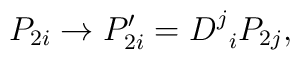
P_{2i}\rightarrow P_{2i}^{\prime }=D_{\;\;i}^jP_{2j},